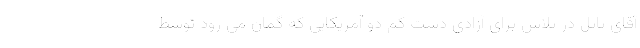
آقای پاتل در تلاش برای آزادی دست کم دو آمریکایی که گمان می رود توسط